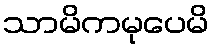
သာမိကမုပေမိ